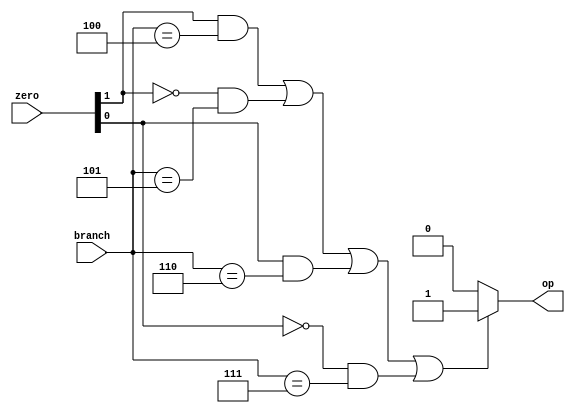
`timescale 1ns / 1ps

module branch_ctrl(
    input wire [2:0] branch,
    input wire [1:0] zero,
    output wire op
    );

    assign op = ((zero[1]==1&&branch==3'b100)||
                 (zero[1]==0&&branch==3'b101)||
                 (zero[0]==1&&branch==3'b110)||
                 (zero[0]==0&&branch==3'b111))?1:0;

endmodule